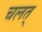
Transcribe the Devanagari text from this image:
चलत्